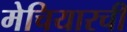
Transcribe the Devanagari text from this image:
मेचियारची